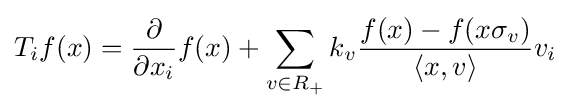
T_{i}f(x)={\frac {\partial }{\partial x_{i}}}f(x)+\sum _{v\in R_{+}}k_{v}{\frac {f(x)-f(x\sigma _{v})}{\left\langle x,v\right\rangle }}v_{i}